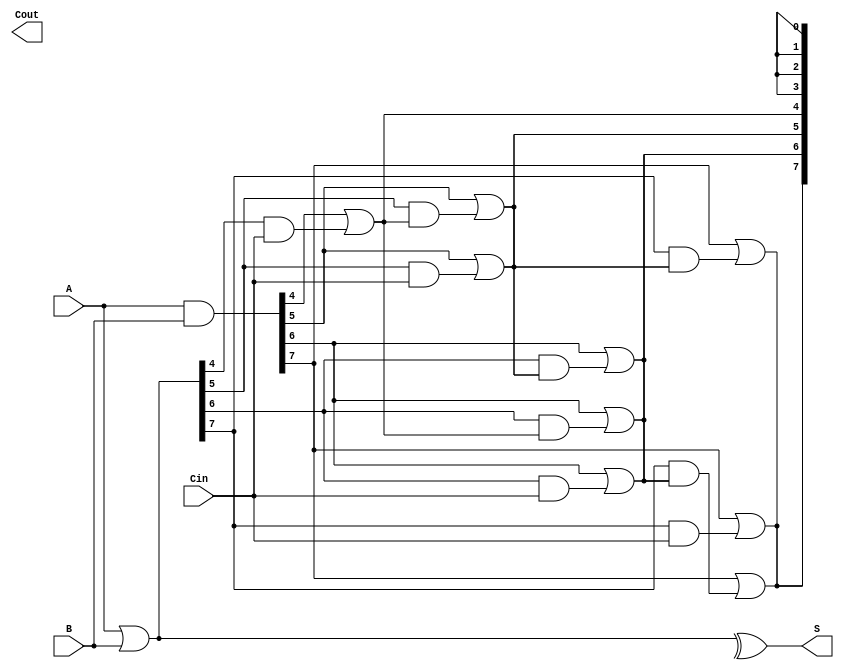
module brent_kung_adder #(parameter n = 8) (
    input  [n-1:0] A,       // First n-bit input
    input  [n-1:0] B,       // Second n-bit input
    input         Cin,       // Carry-in
    output [n-1:0] S,       // Sum output
    output        Cout       // Carry-out
);

    wire [n-1:0] G;         // Generate signals
    wire [n-1:0] P;         // Propagate signals
    wire [n:0] C;           // Carry signals (C[0] is Cin)

    // Generate and Propagate signals
    assign G = A & B;       // Generate
    assign P = A | B;       // Propagate

    // Initialize carry signals
    assign C[0] = Cin;

    // Carry calculation using Brent-Kung logic
    genvar i, j, l;
    generate
        for (l = 1; l <= $clog2(n); l = l + 1) begin : levels
            for (i = 0; i < n; i = i + 1) begin : carries
                if (i >= (1 << (l - 1))) begin
                    assign C[i] = G[i] | (P[i] & C[i - (1 << (l - 1))]);
                end else begin
                    assign C[i] = C[i - (1 << (l - 1))];
                end
            end
        end
    endgenerate

    // Sum calculation
    assign S = P ^ C[n-1:0]; // Calculate the sum bits

    // Final carry-out
    assign Cout = C[n];

endmodule